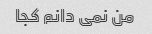
من نمی دانم کجا